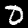
Label: 0